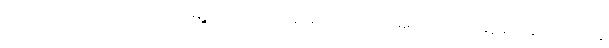
ဆုတ်ယုတ်ပုံကို လည်းကောင်း၊ မြို့ပြတို့၌လည်း အရောင်း အဝယ် မကောင်းလျှင် ဆွမ်းအခက်အခဲတွေ